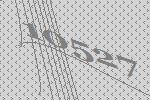
10527